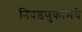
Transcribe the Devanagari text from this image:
निवडणुकांमधे